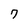
Character: 7